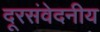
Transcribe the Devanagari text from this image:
दूरसंवेदनीय